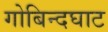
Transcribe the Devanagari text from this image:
गोबिन्दघाट